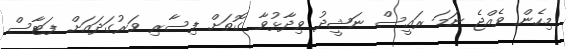
މިހެން ވެއްޖެ ނަމަ ރައީސް ނަޝީދު ވިދާޅުވާ ގޮތަށް ފިސާރި ވަރުގަދައަށް ފަޓާސް